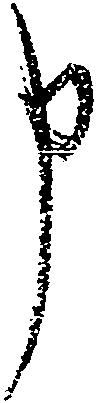
申